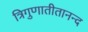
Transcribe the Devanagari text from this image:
त्रिगुणातीतानन्द